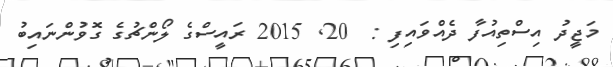
މަޖީދު އިސްތިއުފާ ދެއްވައިފި :  20